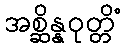
အစ္ဆိန္နဝုတ္တိံ